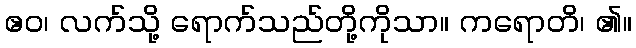
ဧဝ၊ လက်သို့ ရောက်သည်တို့ကိုသာ။ ကရောတိ၊ ၏။